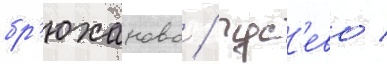
бр'юханово / гус'ево /